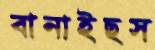
বানাইছস